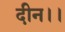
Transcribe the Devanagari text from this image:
दीन।।